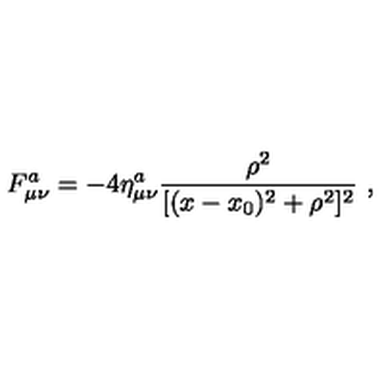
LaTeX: F _ { \mu \nu } ^ { a } = - 4 \eta _ { \mu \nu } ^ { a } \frac { \rho ^ { 2 } } { [ ( x - x _ { 0 } ) ^ { 2 } + \rho ^ { 2 } ] ^ { 2 } } \ ,